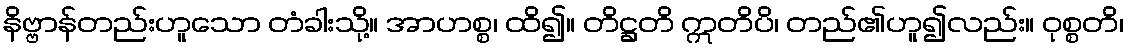
နိဗ္ဗာန်တည်းဟူသော တံခါးသို့။ အာဟစ္စ၊ ထိ၍။ တိဋ္ဌတိ ဣတိပိ၊ တည်၏ဟူ၍လည်း။ ဝုစ္စတိ၊